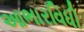
આભારવિધી